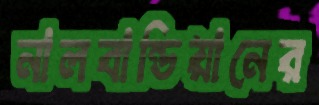
নালবান্ডিয়ানের